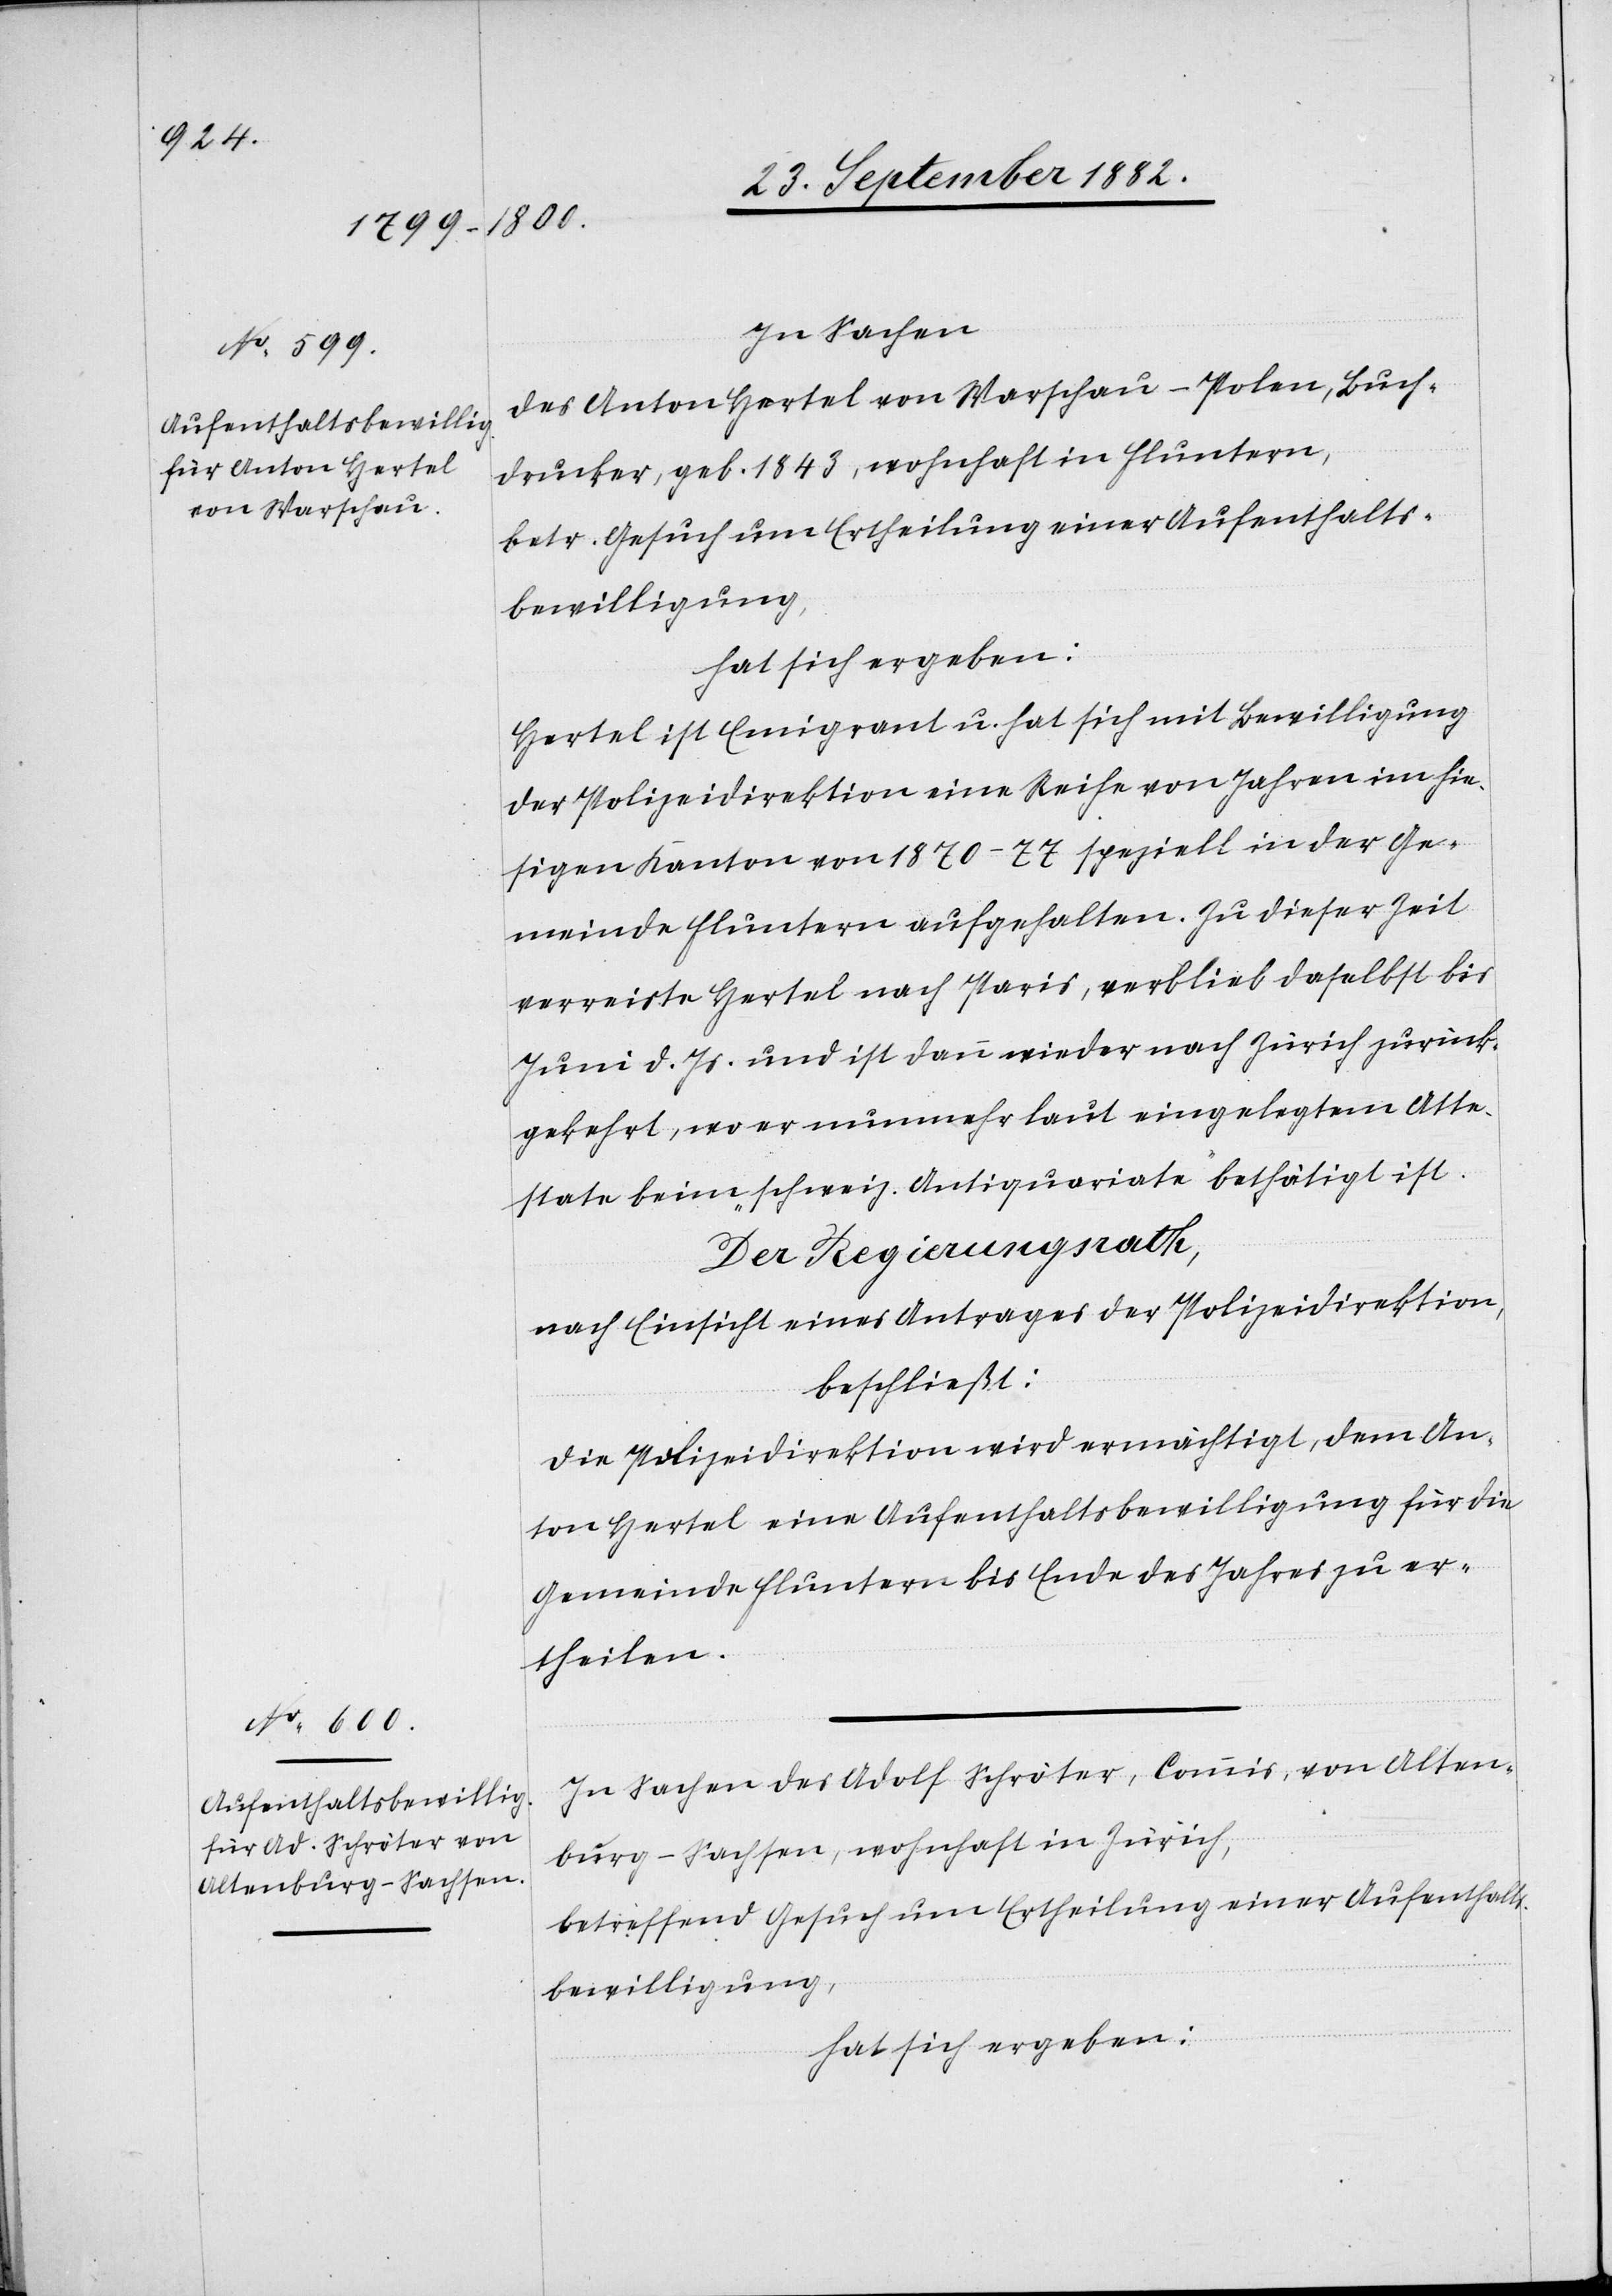
In Sachen
des Anton Hertel von Warschau - Polen, Buch¬
drucker, geb. 1843, wohnhaft in Fluntern,
betr. Gesuch um Ertheilung einer Aufenthalts¬
bewilligung,
hat sich ergeben:
Hertel ist Emigrant u. hat sich mit Bewilligung
der Polizeidirektion eine Reihe von Jahren im hie¬
sigen Kanton von 1970–77 speziell in der Ge¬
meinde Fluntern aufgehalten. Zu dieser Zeit
verreiste Hertel nach Paris, verblieb daselbst bis
Juni d. Js. und ist dann wieder nach Zürich zurück¬
gekehrt, wo er nunmehr laut eingelegtem Atte¬
state beim „schweiz. Antiquariate“ bethätigt ist.
Der Regierungsrath,
nach Einsicht eines Antrages der Polizeidirektion,
beschließt:
Die Polizeidirektion wird ermächtigt, dem An¬
ton Hertel eine Aufenthaltsbewilligung für die
Gemeinde Fluntern bis Ende des Jahres zu er¬
theilen.
In Sachen des Adolf Schröter, Commis, von Alten¬
burg - Sachsen, wohnhaft in Zürich,
betreffend Gesuch um Ertheilung einer Aufenthalts¬
bewilligung,
hat sich ergeben: